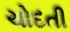
ચોદતી